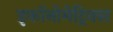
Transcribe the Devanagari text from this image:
इकॉनोमेट्रिक्स